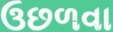
ઉછળવા